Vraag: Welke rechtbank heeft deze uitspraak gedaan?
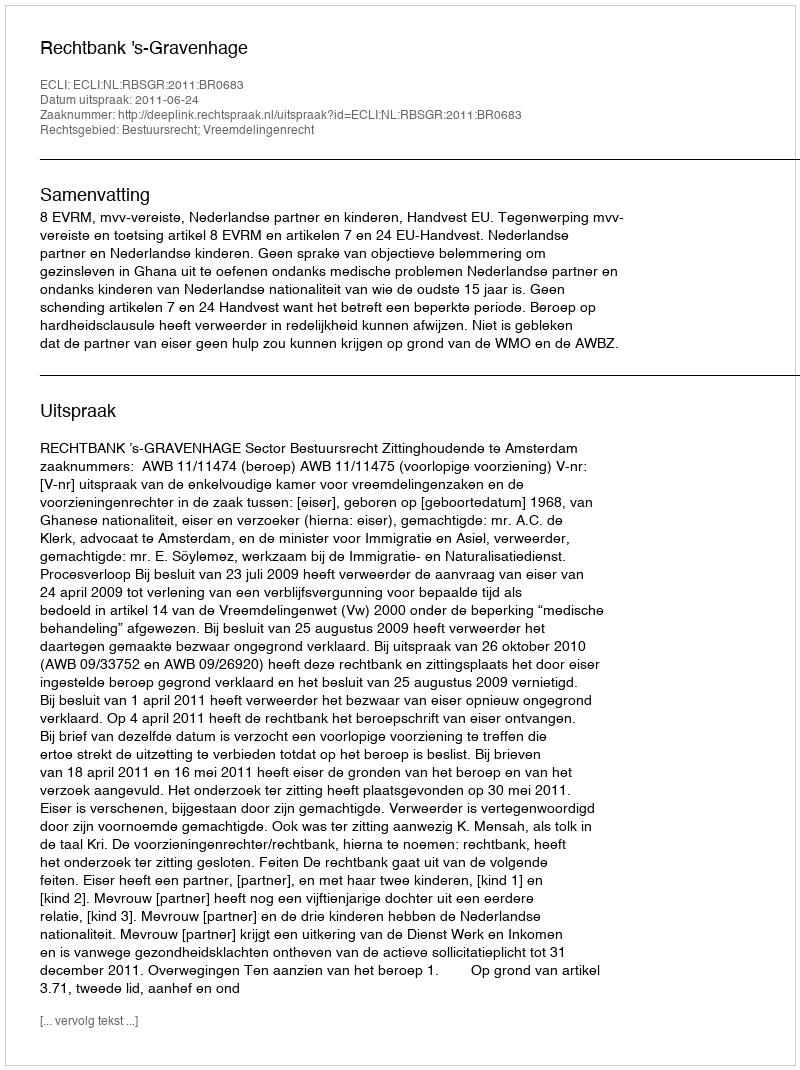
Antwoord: Rechtbank 's-Gravenhage